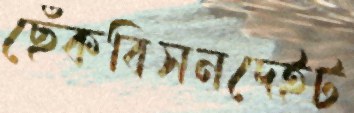
ছেঁকবিসনদেইট